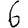
Digit: 6